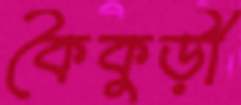
কৈকুড়ী